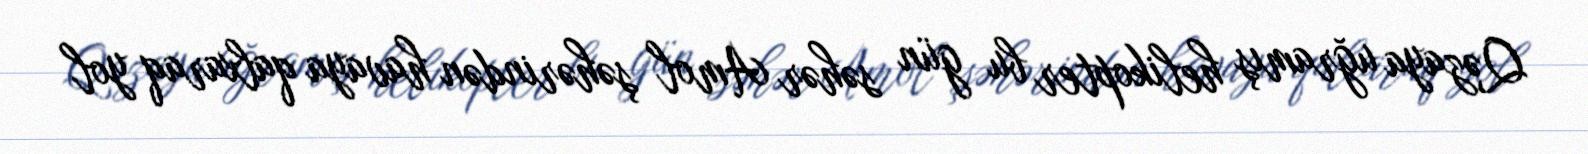
Qəzaya uğramış helikopter bu gün səhər Amol şəhərindən havaya qalxaraq yol